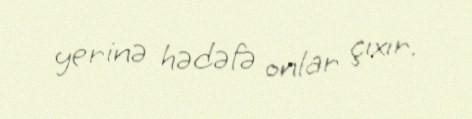
yerinə hədəfə onlar çıxır.